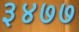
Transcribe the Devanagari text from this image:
३४७७